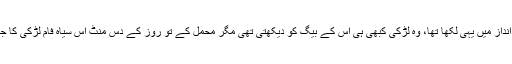
آڑا ترچھا چھوٹے بڑے ہر انداز میں یہی لکھا تھا، وہ لڑکی کبھی ہی اس کے بیگ کو دیکھتی تھی مگر محمل کے تو روز کے دس منٹ اس سیاہ فام لڑکی کا جائزہ لیتے ہی گزرتے تھے۔